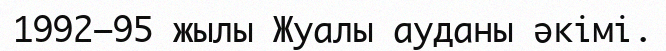
1992–95 жылы Жуалы ауданы әкімі.